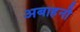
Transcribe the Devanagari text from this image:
अबाहनी